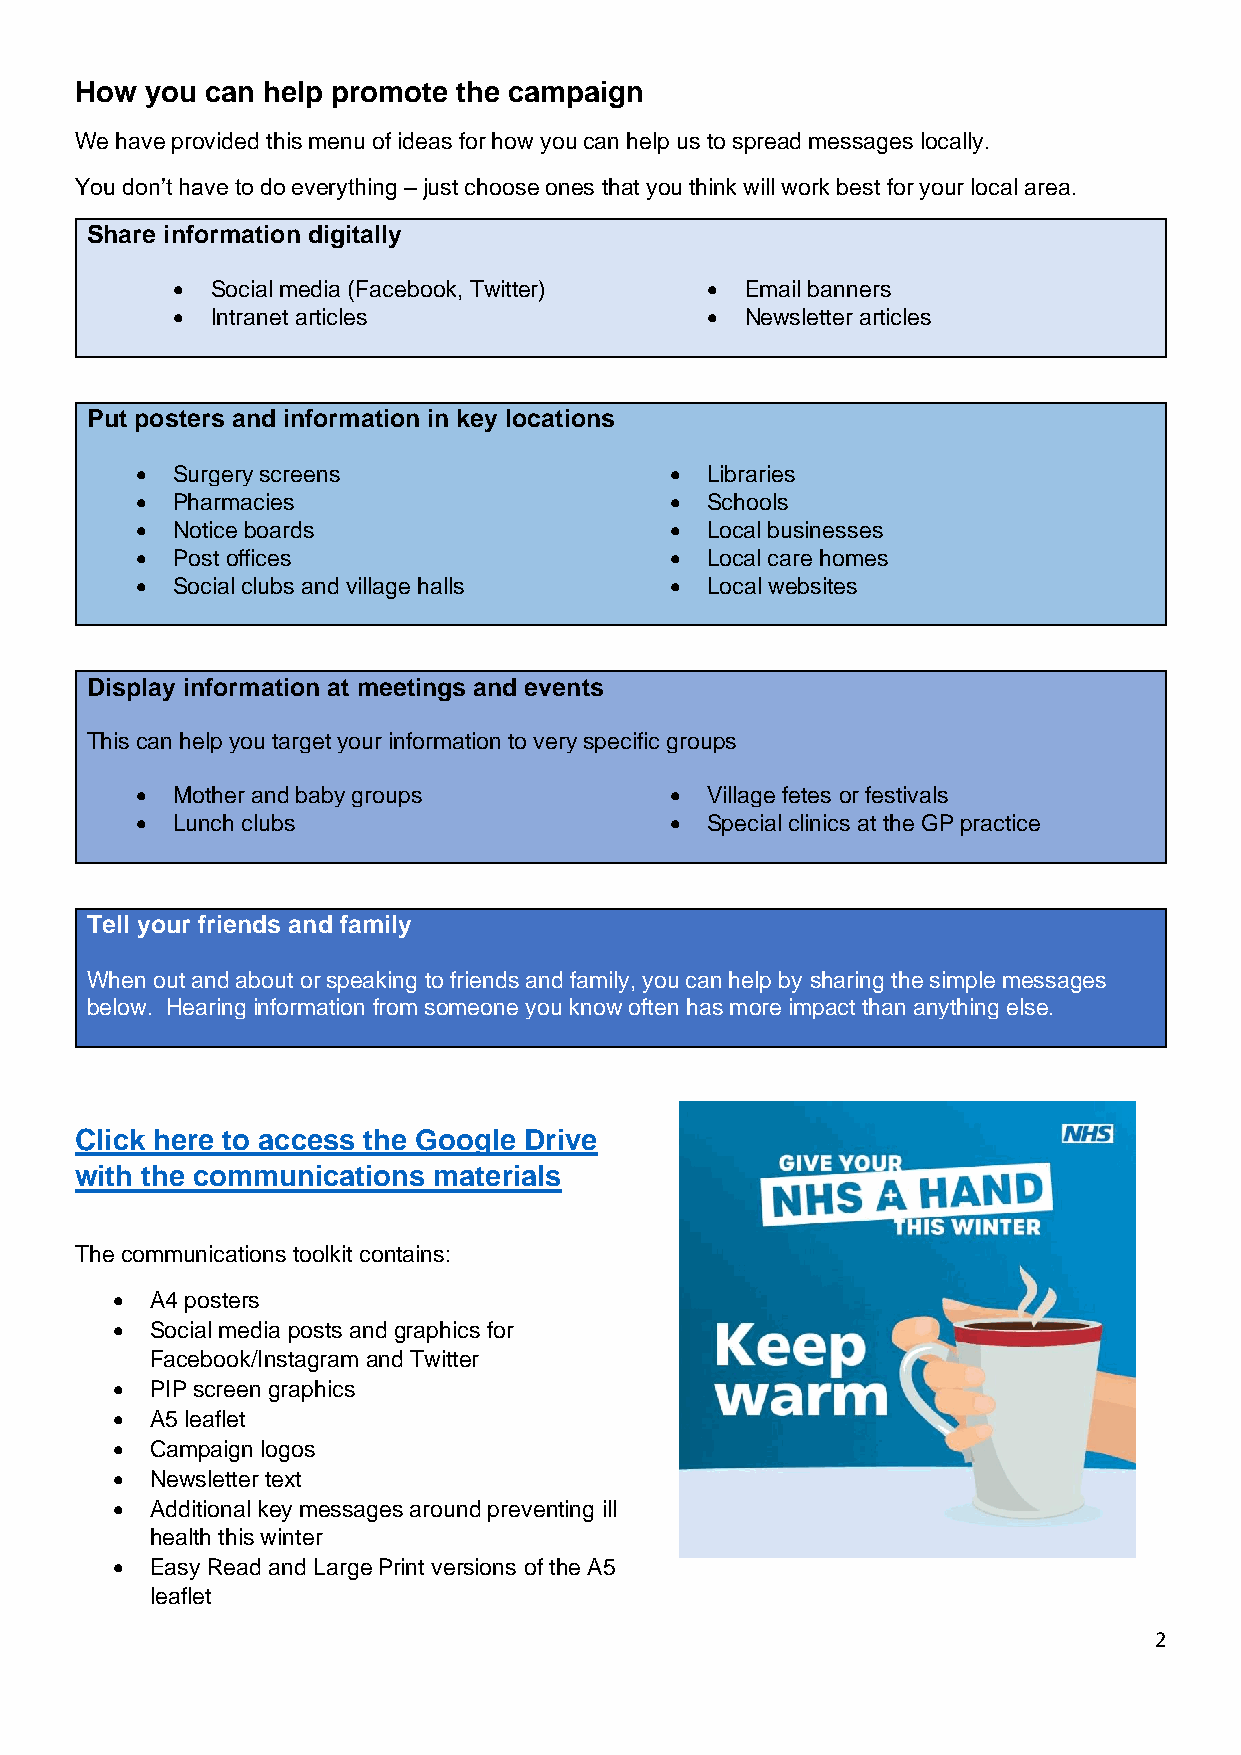
How  you can help promote the campaign
 We have provided this menu of ideas for how you can help us to spread messages locally.
 You don’t have to do everything – just choose ones that you think will work best for your local area.
 Share information digitally
 •  Social media (Facebook, Twitter) • Email banners
 •  Intranet articles                • Newsletter articles
 Put posters and information in key locations
 • Surgery screens                  •  Libraries
 • Pharmacies                       •  Schools
 • Notice boards                    •  Local businesses
 • Post offices                     •  Local care homes
 • Social clubs and village halls   •  Local websites
 Display information at meetings and events
 This can help you target your information to very specific groups
 • Mother and baby groups           •  Village fetes or festivals
 • Lunch clubs                      •  Special clinics at the GP practice
 Tell your friends and family
 When out and about or speaking to friends and family, you can help by sharing the simple messages
 below. Hearing information from someone you know often has more impact than anything else.
 Click here to access the Google Drive
 with the communications materials
 The communications toolkit contains:
 •  A4 posters
 •  Social media posts and graphics for
 Facebook/Instagram and Twitter
 •  PIP screen graphics
 •  A5 leaflet
 •  Campaign logos
 •  Newsletter text
 •  Additional key messages around preventing ill
 health this winter
 •  Easy Read and Large Print versions of the A5
 leaflet
 2